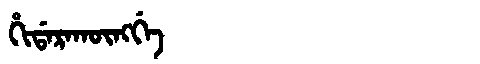
Manchu: ᡥᡳᡩᠠᡵᠠᡴᡡᠩᡤᡝ
Romanization: HIDARAKŪNGGE